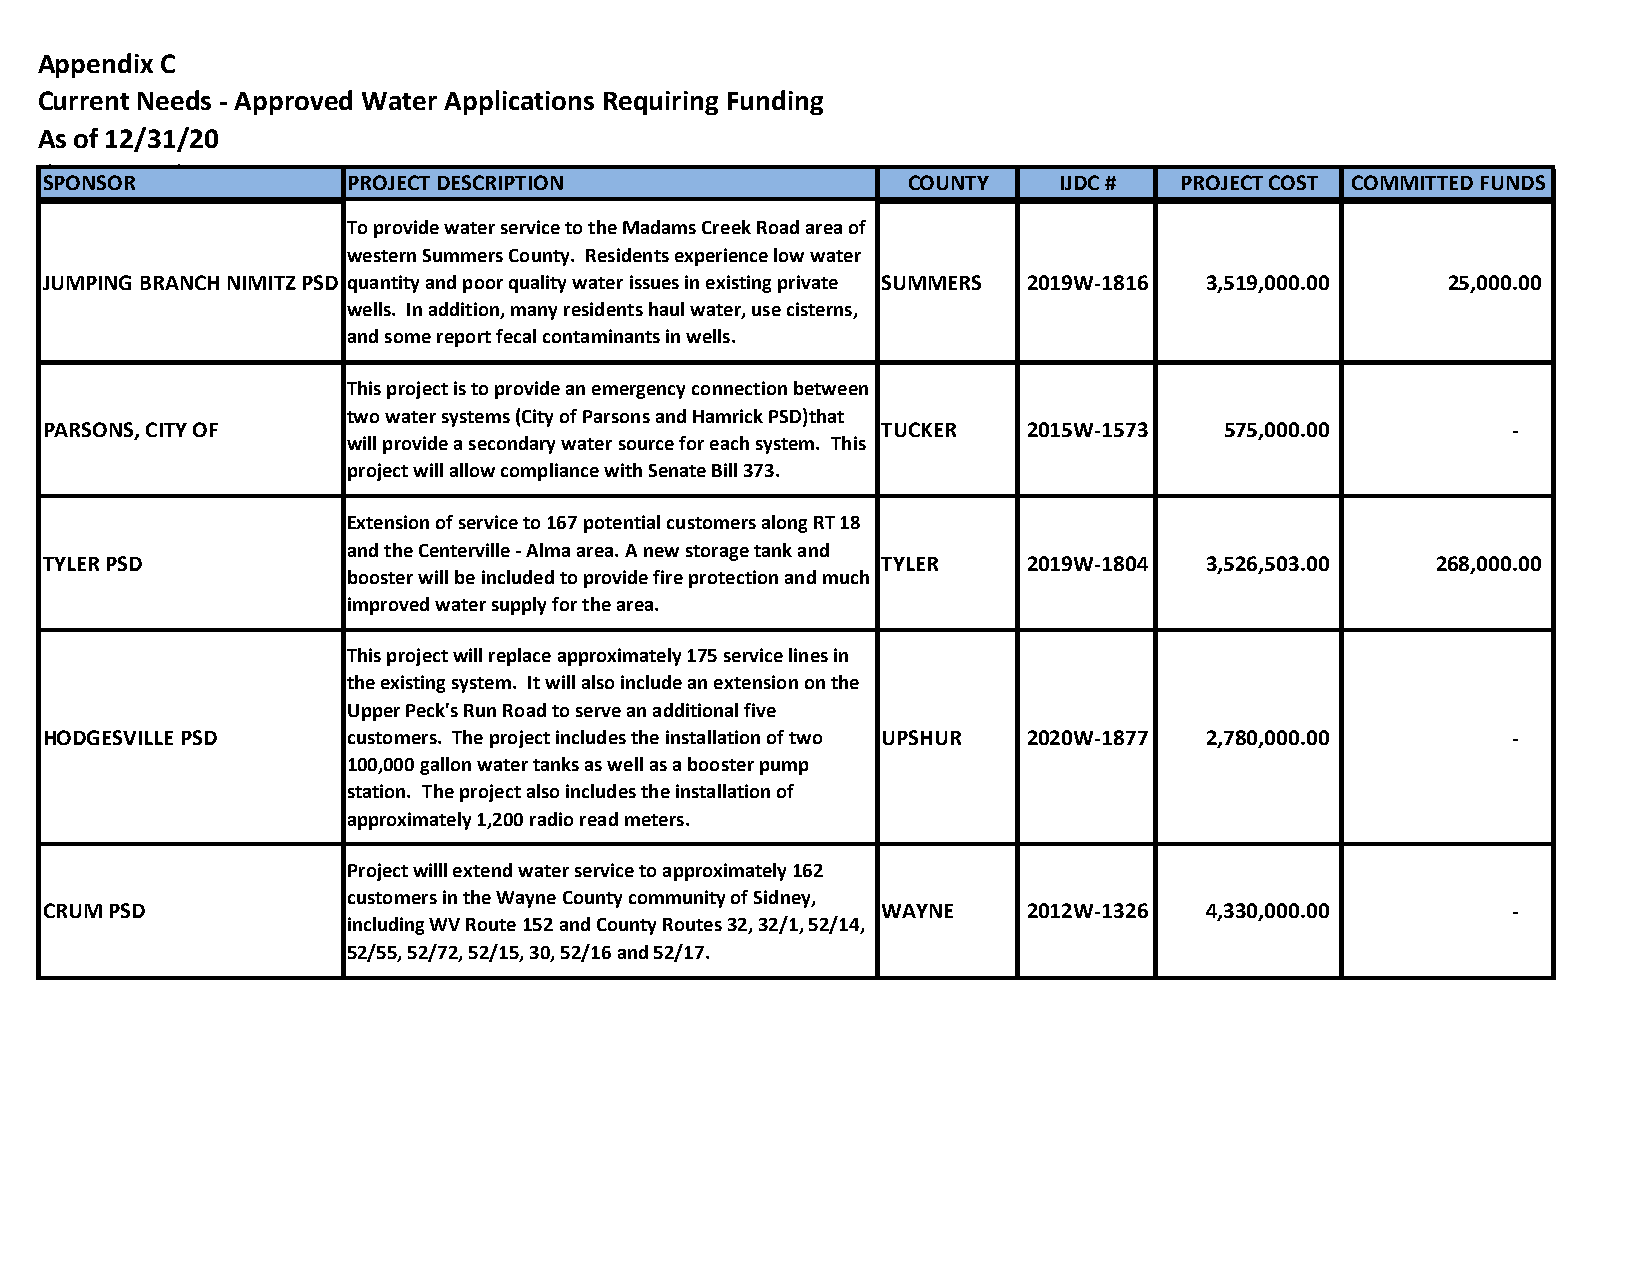
Appendix C
 Current Needs - Approved Water Applications Requiring Funding
 As of 12/31/20
 (By County)
 SPONSOR             PROJECT DESCRIPTION                  COUNTY    IJDC #  PROJECT COST COMMITTED FUNDS
 To provide water service to the Madams Creek Road area of
 western Summers County. Residents experience low water
 JUMPING BRANCH NIMITZ PSD quantity and poor quality water issues in existing private SUMMERS 2019W-1816 3 ,519,000.00 2 5,000.00
 wells. In addition, many residents haul water, use cisterns,
 and some report fecal contaminants in wells.
 This project is to provide an emergency connection between
 two water systems (City of Parsons and Hamrick PSD)that
 PARSONS, CITY OF                                       TUCKER    2015W-1573   5 75,000.00        -
 will provide a secondary water source for each system. This
 project will allow compliance with Senate Bill 373.
 Extension of service to 167 potential customers along RT 18
 and the Centerville - Alma area. A new storage tank and
 TYLER PSD                                              TYLER     2019W-1804  3 ,526,503.00  2 68,000.00
 booster will be included to provide fire protection and much
 improved water supply for the area.
 This project will replace approximately 175 service lines in
 the existing system. It will also include an extension on the
 Upper Peck's Run Road to serve an additional five
 HODGESVILLE PSD     customers. The project includes the installation of two UPSHUR 2020W-1877 2 ,780,000.00 -
 100,000 gallon water tanks as well as a booster pump
 station. The project also includes the installation of
 approximately 1,200 radio read meters.
 Project willl extend water service to approximately 162
 customers in the Wayne County community of Sidney,
 CRUM PSD                                               WAYNE     2012W-1326  4,330,000.00        -
 including WV Route 152 and County Routes 32, 32/1, 52/14,
 52/55, 52/72, 52/15, 30, 52/16 and 52/17.